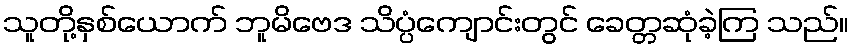
သူတို့နှစ်ယောက် ဘူမိဗေဒ သိပ္ပံကျောင်းတွင် ခေတ္တဆုံခဲ့ကြ သည်။